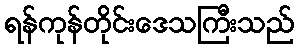
ရန်ကုန်တိုင်းဒေသကြီးသည်